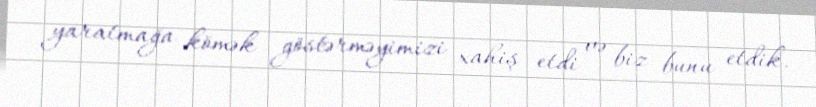
yaratmağa kömək göstərməyimizi xahiş etdi və biz bunu etdik.